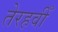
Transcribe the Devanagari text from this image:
तेरहवीँ